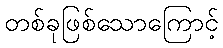
တစ်ခုဖြစ်သောကြောင့်